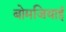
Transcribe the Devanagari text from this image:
बोमजियाई